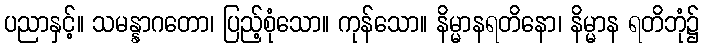
ပညာနှင့်။ သမန္နာဂတော၊ ပြည့်စုံသော။ ကုန်သော။ နိမ္မာနရတိနော၊ နိမ္မာန ရတိဘုံ၌